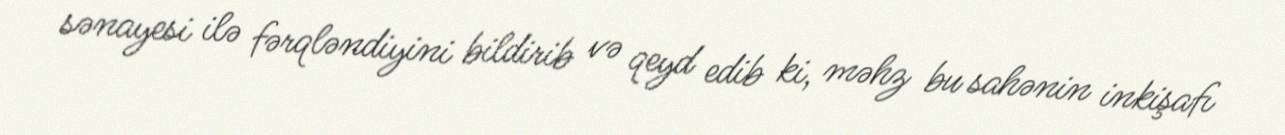
sənayesi ilə fərqləndiyini bildirib və qeyd edib ki, məhz bu sahənin inkişafı